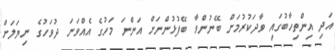
އަދި އިންތިހާބުގައި ވާދަކުރުމަށް ބޭނުންވާ ބޭފުޅުންނަށް އަންނަ މަހުގެ އެއްވަނަ ދުވަހުގެ ނިޔަލަށް